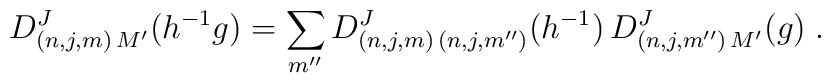
D^J_{(n,j,m)\,M'}(h^{-1}g)   = \sum_{m''} D^J_{(n,j,m)\,(n,j,m'')}(h^{-1}) \,  D^J_{(n,j,m'')\,M'}(g) \;.